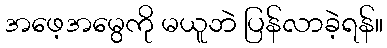
အဖေ့အမွေကို မယူဘဲ ပြန်လာခဲ့ရန်။